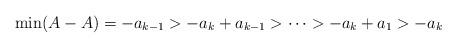
LaTeX: \begin{align*}\min(A-A) = -a_{k-1} > -a_k + a_{k-1} > \cdots > - a_k + a_1 > - a_k\end{align*}